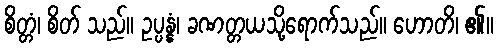
စိတ္တံ၊ စိတ် သည်။ ဥပ္ပန္နံ၊ ခဏတ္တယသို့ရောက်သည်။ ဟောတိ၊ ၏။